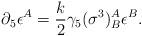
LaTeX: \begin{align*}\partial_5\epsilon^A=\frac{k}{2}\gamma_{5}(\sigma^3)^A_B \epsilon^B.\end{align*}